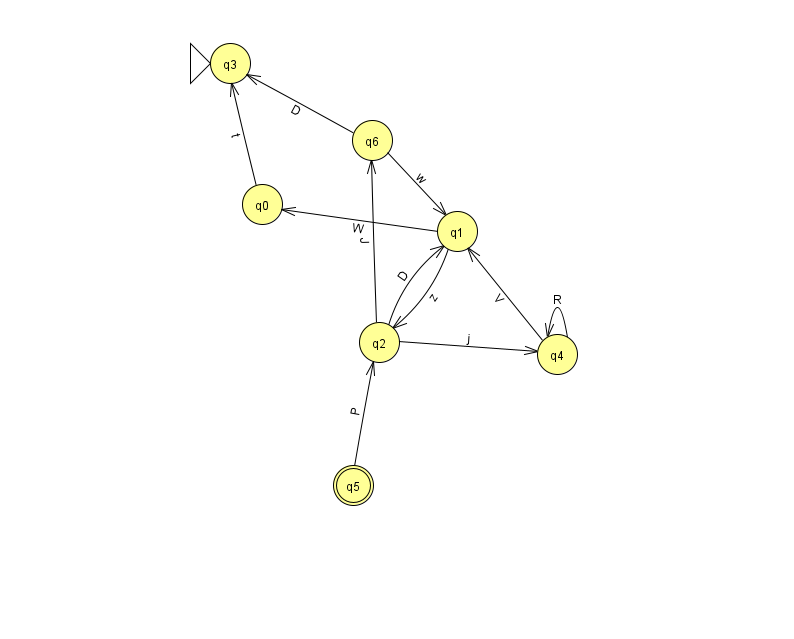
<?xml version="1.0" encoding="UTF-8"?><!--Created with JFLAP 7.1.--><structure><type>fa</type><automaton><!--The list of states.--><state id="0" name="q0"><x>262.0</x><y>191.0</y></state><state id="1" name="q1"><x>457.0</x><y>218.0</y></state><state id="2" name="q2"><x>379.0</x><y>329.0</y></state><state id="3" name="q3"><x>230.0</x><y>50.0</y><initial/></state><state id="4" name="q4"><x>557.0</x><y>341.0</y></state><state id="5" name="q5"><x>353.0</x><y>472.0</y><final/></state><state id="6" name="q6"><x>372.0</x><y>127.0</y></state><!--The list of transitions.--><transition><from>2</from><to>1</to><read>D</read></transition><transition><from>4</from><to>1</to><read>V</read></transition><transition><from>4</from><to>4</to><read>R</read></transition><transition><from>2</from><to>6</to><read>J</read></transition><transition><from>2</from><to>4</to><read>j</read></transition><transition><from>5</from><to>2</to><read>P</read></transition><transition><from>1</from><to>0</to><read>W</read></transition><transition><from>6</from><to>1</to><read>w</read></transition><transition><from>0</from><to>3</to><read>t</read></transition><transition><from>1</from><to>2</to><read>z</read></transition><transition><from>6</from><to>3</to><read>D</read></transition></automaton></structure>